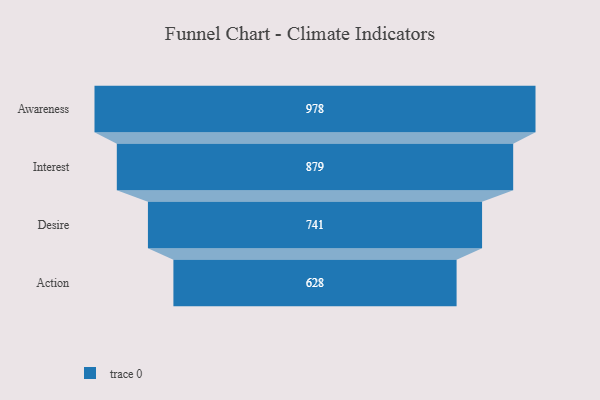
{"axis": {"x": "Stage", "y": "Value"}, "legend": [""], "data": [{"x": "Awareness", "y": 978.0, "type": ""}, {"x": "Interest", "y": 879.0, "type": ""}, {"x": "Desire", "y": 741.0, "type": ""}, {"x": "Action", "y": 628.0, "type": ""}]}